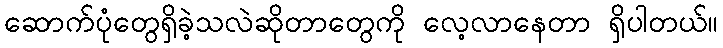
ဆောက်ပုံတွေရှိခဲ့သလဲဆိုတာတွေကို လေ့လာနေတာ ရှိပါတယ်။